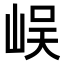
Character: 𡷤